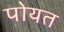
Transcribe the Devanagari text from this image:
पोयत